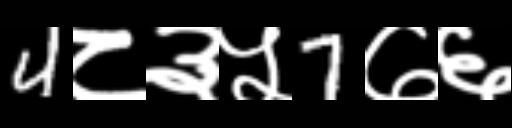
Text: 4८३५7७६